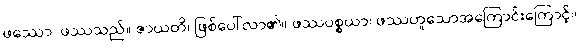
ဖဿော၊ ဖဿသည်။ ဇာယတိ၊ ဖြစ်ပေါ်လာ၏။ ဖဿပစ္စယာ၊ ဖဿဟူသောအကြောင်းကြောင့်။